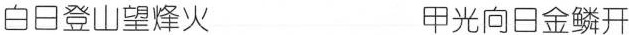
白日登山望烽火 甲光向日金鳞开